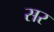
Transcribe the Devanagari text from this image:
सर